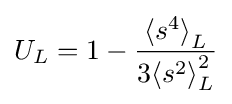
U_{L}=1-{\frac {{\langle s^{4}\rangle }_{L}}{3{\langle s^{2}\rangle }_{L}^{2}}}